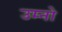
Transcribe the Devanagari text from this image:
उम्नो